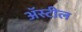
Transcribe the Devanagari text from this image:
अॅस्टील